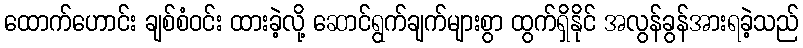
ထောက်ဟောင်း ချစ်စံဝင်း ထားခဲ့လို့ ဆောင်ရွက်ချက်များစွာ ထွက်ရှိနိုင် အလွန်ခွန်အားရခဲ့သည်